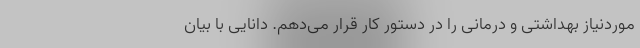
موردنیاز بهداشتی و درمانی را در دستور کار قرار می‌دهم. دانایی با بیان